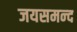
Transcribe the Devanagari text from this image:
जयसमन्‍द